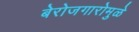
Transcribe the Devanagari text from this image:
बेरोजगारोमुळे